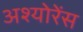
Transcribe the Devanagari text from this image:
अश्योरेंस